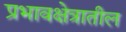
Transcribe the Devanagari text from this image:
प्रभावक्षेत्रातील